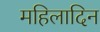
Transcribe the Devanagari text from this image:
महिलादिन